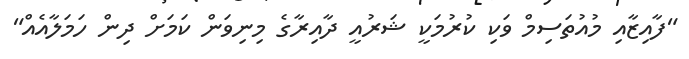
"ފާއިޒާއި މުއުތަސިމް ވަކި ކުރުމަކީ ޝަރުއީ ދާއިރާގެ މިނިވަން ކަމަށް ދިން ހަމަލާއެއް"